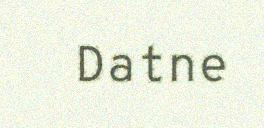
Datne